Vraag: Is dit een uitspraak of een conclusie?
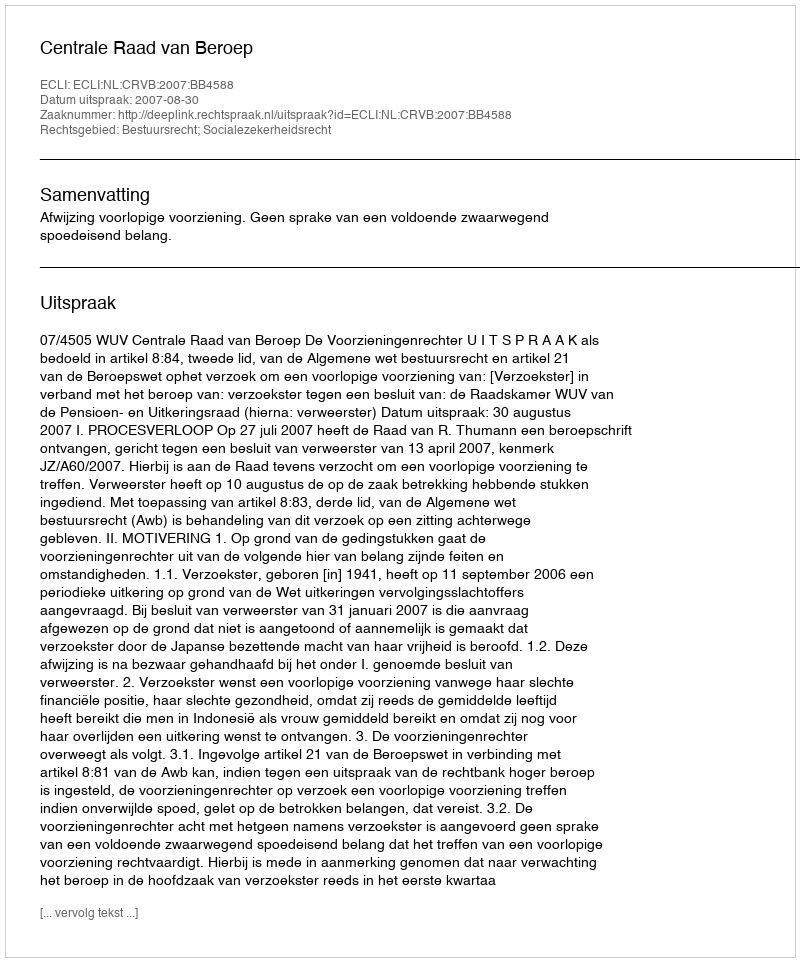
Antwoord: Uitspraak